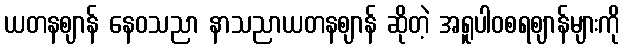
ယတနဈာန် နေဝသညာ နာသညာယတနဈာန် ဆိုတဲ့ အရူပါဝစရဈာန်များကို